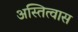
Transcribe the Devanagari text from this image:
अस्तित्वास